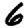
Digit: 6